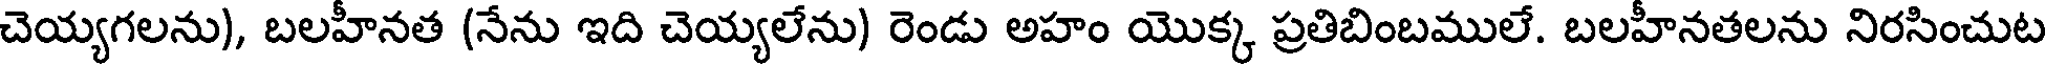
చెయ్యగలను), బలహీనత (నేను ఇది చెయ్యలేను) రెండు అహం యొక్క ప్రతిబింబములే. బలహీనతలను నిరసించుట